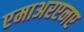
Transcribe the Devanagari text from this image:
एमाअरएनए